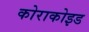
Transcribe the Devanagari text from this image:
कोराकोइड